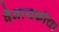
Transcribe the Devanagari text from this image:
वैनायकीचा